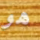
هو